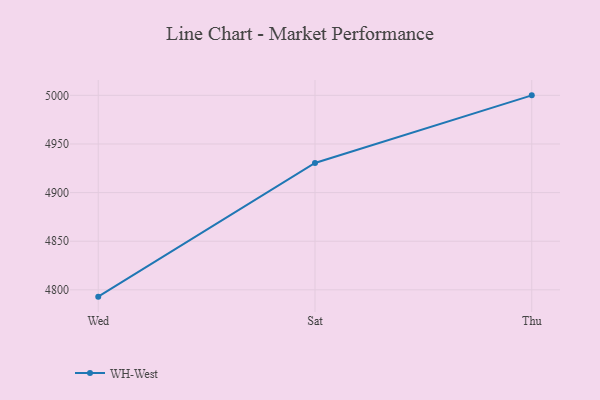
{"axis": {"x": "Day", "y": "Temperature (°C)"}, "legend": ["WH-West"], "data": [{"x": "Wed", "y": 4793.0, "type": "WH-West"}, {"x": "Sat", "y": 4930.5, "type": "WH-West"}, {"x": "Thu", "y": 5000, "type": "WH-West"}]}